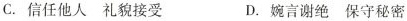
C.信任他人礼貌接受 D.婉言谢绝保守秘密